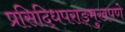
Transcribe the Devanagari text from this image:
प्रसिद्धिपराङ्‌मुखपणे